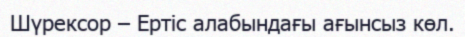
Шүрексор – Ертіс алабындағы ағынсыз көл.